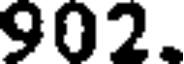
902.